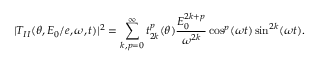
| T _ { I I } ( \theta , E _ { 0 } / e , \omega , t ) | ^ { 2 } = \sum _ { k , p = 0 } ^ { \infty } t _ { 2 k } ^ { p } ( \theta ) \frac { E _ { 0 } ^ { 2 k + p } } { \omega ^ { 2 k } } \cos ^ { p } ( \omega t ) \sin ^ { 2 k } ( \omega t ) .